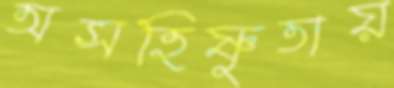
অসহিষ্ণুতায়